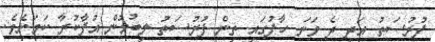
ފުރުސަތު އަދި ދެ ވަނަ ހާފުގައި ތިން ފުރުސަތު ލިބުމުން އުފާކުރާ ކަމަށެވެ.